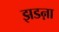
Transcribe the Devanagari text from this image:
झडऩा